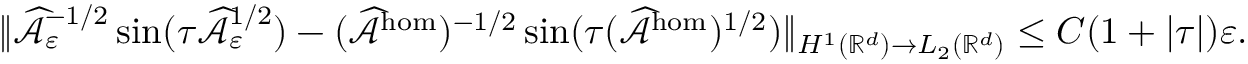
\| \widehat { \mathcal { A } } _ { \varepsilon } ^ { - 1 / 2 } \sin ( \tau \widehat { \mathcal { A } } _ { \varepsilon } ^ { 1 / 2 } ) - ( \widehat { \mathcal { A } } ^ { \mathrm { h o m } } ) ^ { - 1 / 2 } \sin ( \tau ( \widehat { \mathcal { A } } ^ { \mathrm { h o m } } ) ^ { 1 / 2 } ) \| _ { H ^ { 1 } ( \mathbb { R } ^ { d } ) \to L _ { 2 } ( \mathbb { R } ^ { d } ) } \le C ( 1 + | \tau | ) \varepsilon .